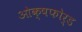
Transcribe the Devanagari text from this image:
ओक्षफोर्ड